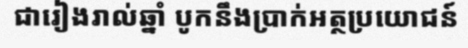
ជារៀងរាល់ឆ្នាំ បូកនឹងប្រាក់អត្ថប្រយោជន៍